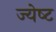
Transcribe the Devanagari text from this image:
ज्‍येष्‍ट